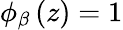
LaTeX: \phi_{\beta}\left(z\right)=1